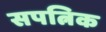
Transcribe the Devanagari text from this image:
सपत्निक